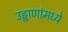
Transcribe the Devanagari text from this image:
उड्डाणांमध्ये